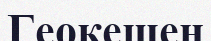
Геокешен